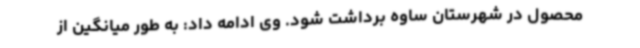
محصول در شهرستان ساوه برداشت شود. وی ادامه داد: به طور میانگین از